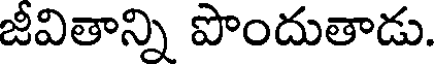
జీవితాన్ని పొందుతాడు.